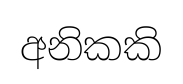
අනිකකි